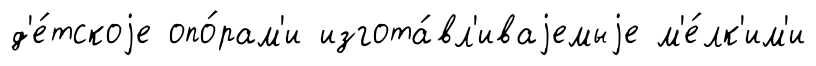
д'е́тскоjе опо́рам'и изгота́вл'иваjемыjе м'е́лк'им'и